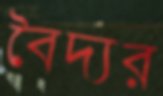
বৈদ্যর